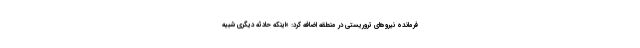
فرمانده نیروهای تروریستی در منطقه اضافه کرد: «اینکه حادثه دیگری شبیه